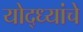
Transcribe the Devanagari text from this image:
योद्ध्यांचे